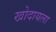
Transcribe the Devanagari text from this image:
खोदायला